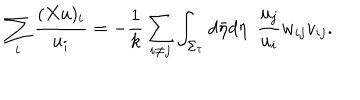
\sum _ { i } \frac { ( X u ) _ { i } } { u _ { i } } = - \frac { 1 } { k } \sum _ { i \neq j } \int _ { \Sigma _ { \tau } } d \bar { \eta } d \eta ~ ~ \frac { u _ { j } } { u _ { i } } w _ { i j } v _ { i j } .